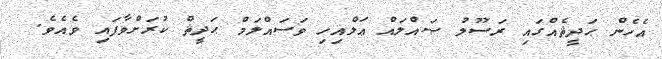
އެހެން ޙަދީޘެއްގައި ރަސޫލު ޞައްލައް ޢަލްއިހި ވަސައްލަމް ޙަދީޘް ކުރަށްވާފައި ވެއެވެ.